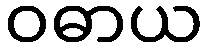
ဝဓာယ